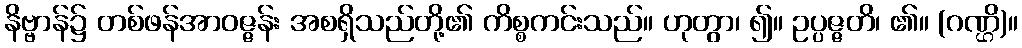
နိဗ္ဗာန်၌ တစ်ဖန်အာဝဇ္ဇန်း အစရှိသည်တို့၏ ကိစ္စကင်းသည်။ ဟုတွာ၊ ၍။ ဥပ္ပဇ္ဇတိ၊ ၏။ (ဂဏ္ဌိ)။